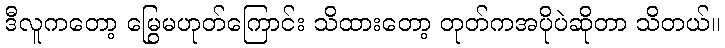
ဒီလူကတော့ မြွေမဟုတ်ကြောင်း သိထားတော့ တုတ်ကအပိုပဲဆိုတာ သိတယ်။